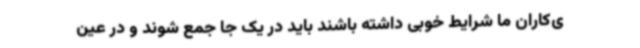
ی‌کاران ما شرایط خوبی داشته باشند باید در یک جا جمع شوند و در عین